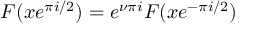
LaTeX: F ( x e ^ { \pi i / 2 } ) = e ^ { \nu \pi i } F ( x e ^ { - \pi i / 2 } )